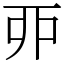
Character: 丣